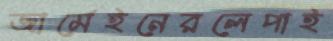
জার্মেইনেরলেপাই